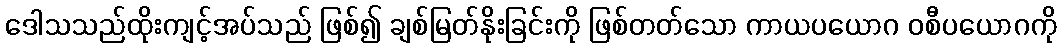
ဒေါသသည်ထိုးကျင့်အပ်သည် ဖြစ်၍ ချစ်မြတ်နိုးခြင်းကို ဖြစ်တတ်သော ကာယပယောဂ ဝစီပယောဂကို